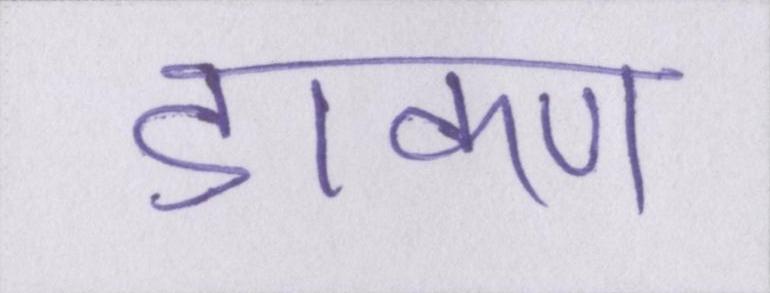
डाकण